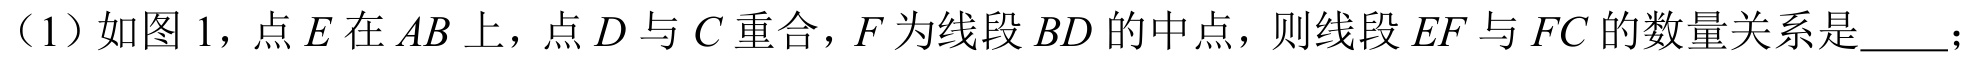
（1）如图 1，点$E$在$AB$上，点$D$与$C$重合，$F$为线段$BD$的中点，则线段$EF$与$FC$的数量关系是  ；